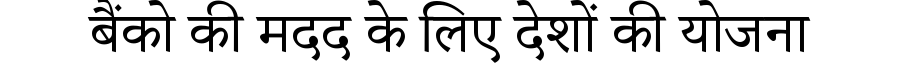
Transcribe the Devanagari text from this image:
बैंको की मदद के लिए देशों की योजना